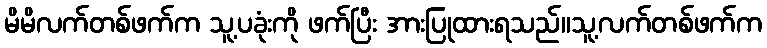
မိမိလက်တစ်ဖက်က သူ့ပခုံးကို ဖက်ပြီး အားပြုထားရသည်။သူ့လက်တစ်ဖက်က